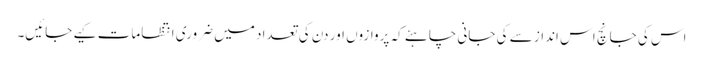
اس کی جانچ اس انداز سے کی جانی چاہئے کہ پروازوں اور دن کی تعداد میں ضروری انتظامات کیے جائیں۔